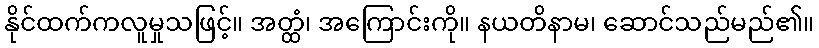
နိုင်ထက်ကလူမှုသဖြင့်။ အတ္ထံ၊ အကြောင်းကို။ နယတိနာမ၊ ဆောင်သည်မည်၏။